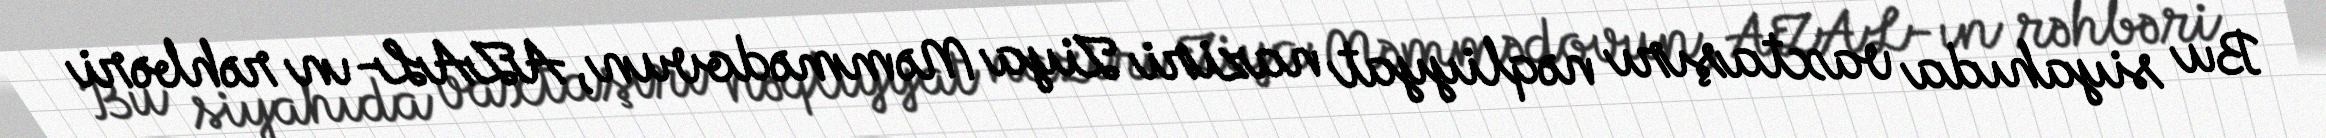
Bu siyahıda vaxtaşırı nəqliyyat naziri Ziya Məmmədovun, AZAL-ın rəhbəri